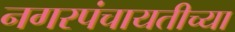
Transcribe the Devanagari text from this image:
नगरपंचायतीच्या